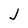
Character: J